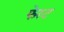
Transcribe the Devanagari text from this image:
फेरट